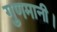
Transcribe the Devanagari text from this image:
गुणमानी।